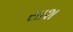
સાશ